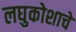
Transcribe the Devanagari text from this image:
लघुकोशाचे